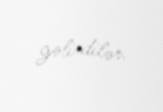
gəlirdilər.